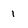
Character: 1